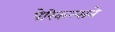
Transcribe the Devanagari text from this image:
पेरिकल्सने